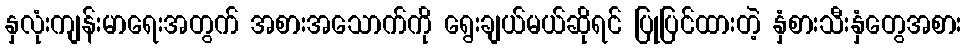
နှလုံးကျန်းမာရေးအတွက် အစားအသောက်ကို ရွေးချယ်မယ်ဆိုရင် ပြုပြင်ထားတဲ့ နှံစားသီးနှံတွေအစား